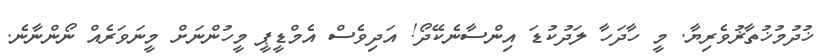
ޚުދުމުޚުތާޜުވެރިޔާ. މީ ހާދަހާ ލަދުކުޑަ އިންސާނެކޭދޯ! އަދިވެސް އެމްޑީޕީ މީހުންނަށް މީނަވަރެއް ނޯންނާނެ.